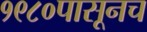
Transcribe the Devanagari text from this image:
१९८०पासूनच